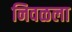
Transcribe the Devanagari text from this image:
निवळला